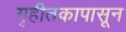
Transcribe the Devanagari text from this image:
गृहीतकापासून